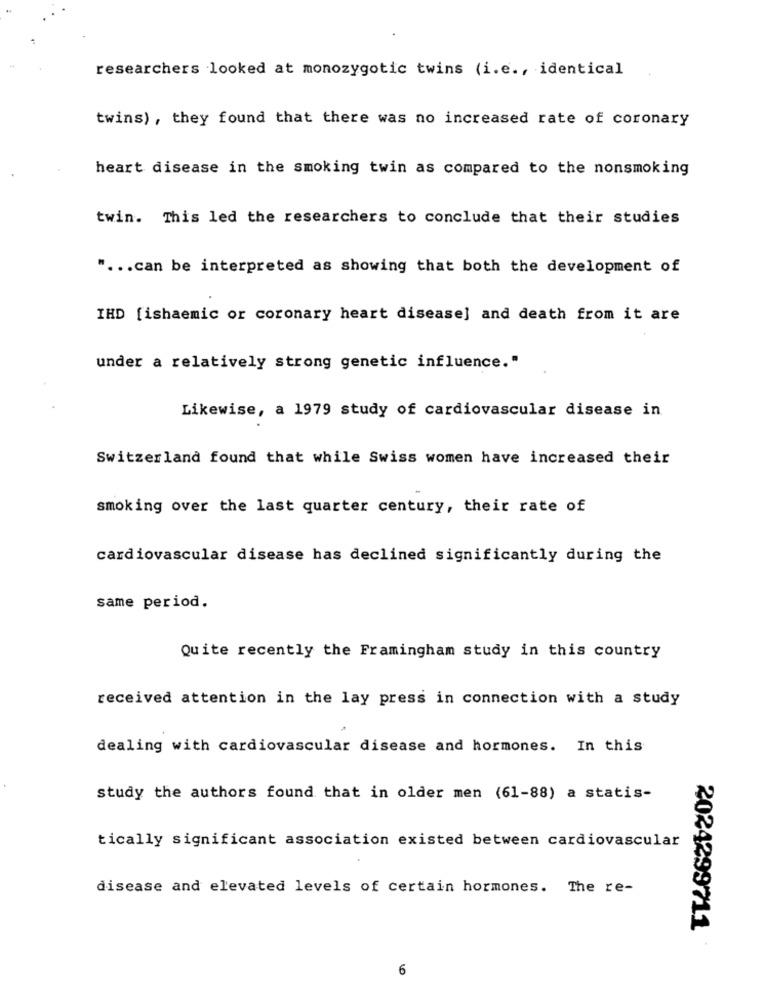
researchers looked at monozygotic twins (i.e ., identical
twins) , they found that there was no increased rate of coronary
heart disease in the smoking twin as compared to the nonsmoking
twin. This led the researchers to conclude that their studies
" ... can be interpreted as showing that both the development of
IHD [ishaemic or coronary heart disease] and death from it are
under a relatively strong genetic influence."
Likewise, a 1979 study of cardiovascular disease in
Switzerland found that while Swiss women have increased their
smoking over the last quarter century, their rate of
cardiovascular disease has declined significantly during the
same period.
Quite recently the Framingham study in this country
received attention in the lay press in connection with a study
dealing with cardiovascular disease and hormones. In this
study the authors found that in older men (61-88) a statis-
tically significant association existed between cardiovascular
disease and elevated levels of certain hormones. The re-
2024299711
6